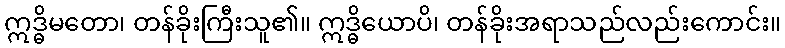
ဣဒ္ဓိမတော၊ တန်ခိုးကြီးသူ၏။ ဣဒ္ဓိယောပိ၊ တန်ခိုးအရာသည်လည်းကောင်း။